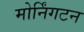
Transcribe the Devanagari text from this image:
मोर्निंगटन